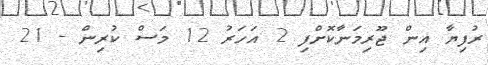
ރުފިޔާ އިން ޖޫރިމަނާކޮށްފި 2 އަހަރު 12 މަސް ކުރިން - 21